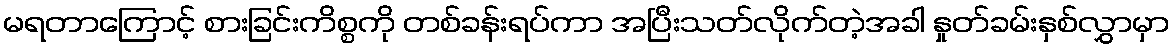
မရတာကြောင့် စားခြင်းကိစ္စကို တစ်ခန်းရပ်ကာ အပြီးသတ်လိုက်တဲ့အခါ နှုတ်ခမ်းနှစ်လွှာမှာ